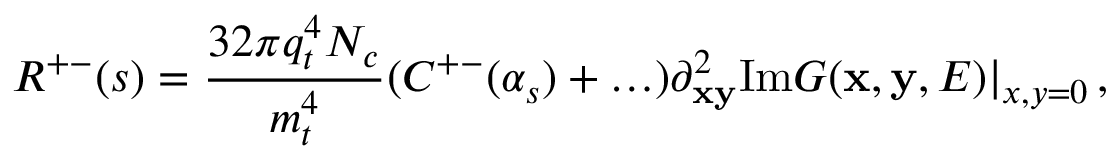
R ^ { + - } ( s ) = { \frac { 3 2 \pi q _ { t } ^ { 4 } N _ { c } } { m _ { t } ^ { 4 } } } ( C ^ { + - } ( \alpha _ { s } ) + \ldots ) \partial _ { \bf x \bf y } ^ { 2 } \mathrm { I m } G ( { \bf x } , { \bf y } , E ) | _ { x , y = 0 } \, ,